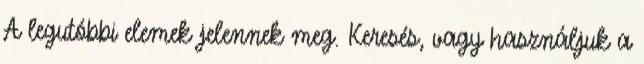
A legutóbbi elemek jelennek meg. Keresés, vagy használjuk a